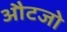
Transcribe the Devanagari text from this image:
औटजो